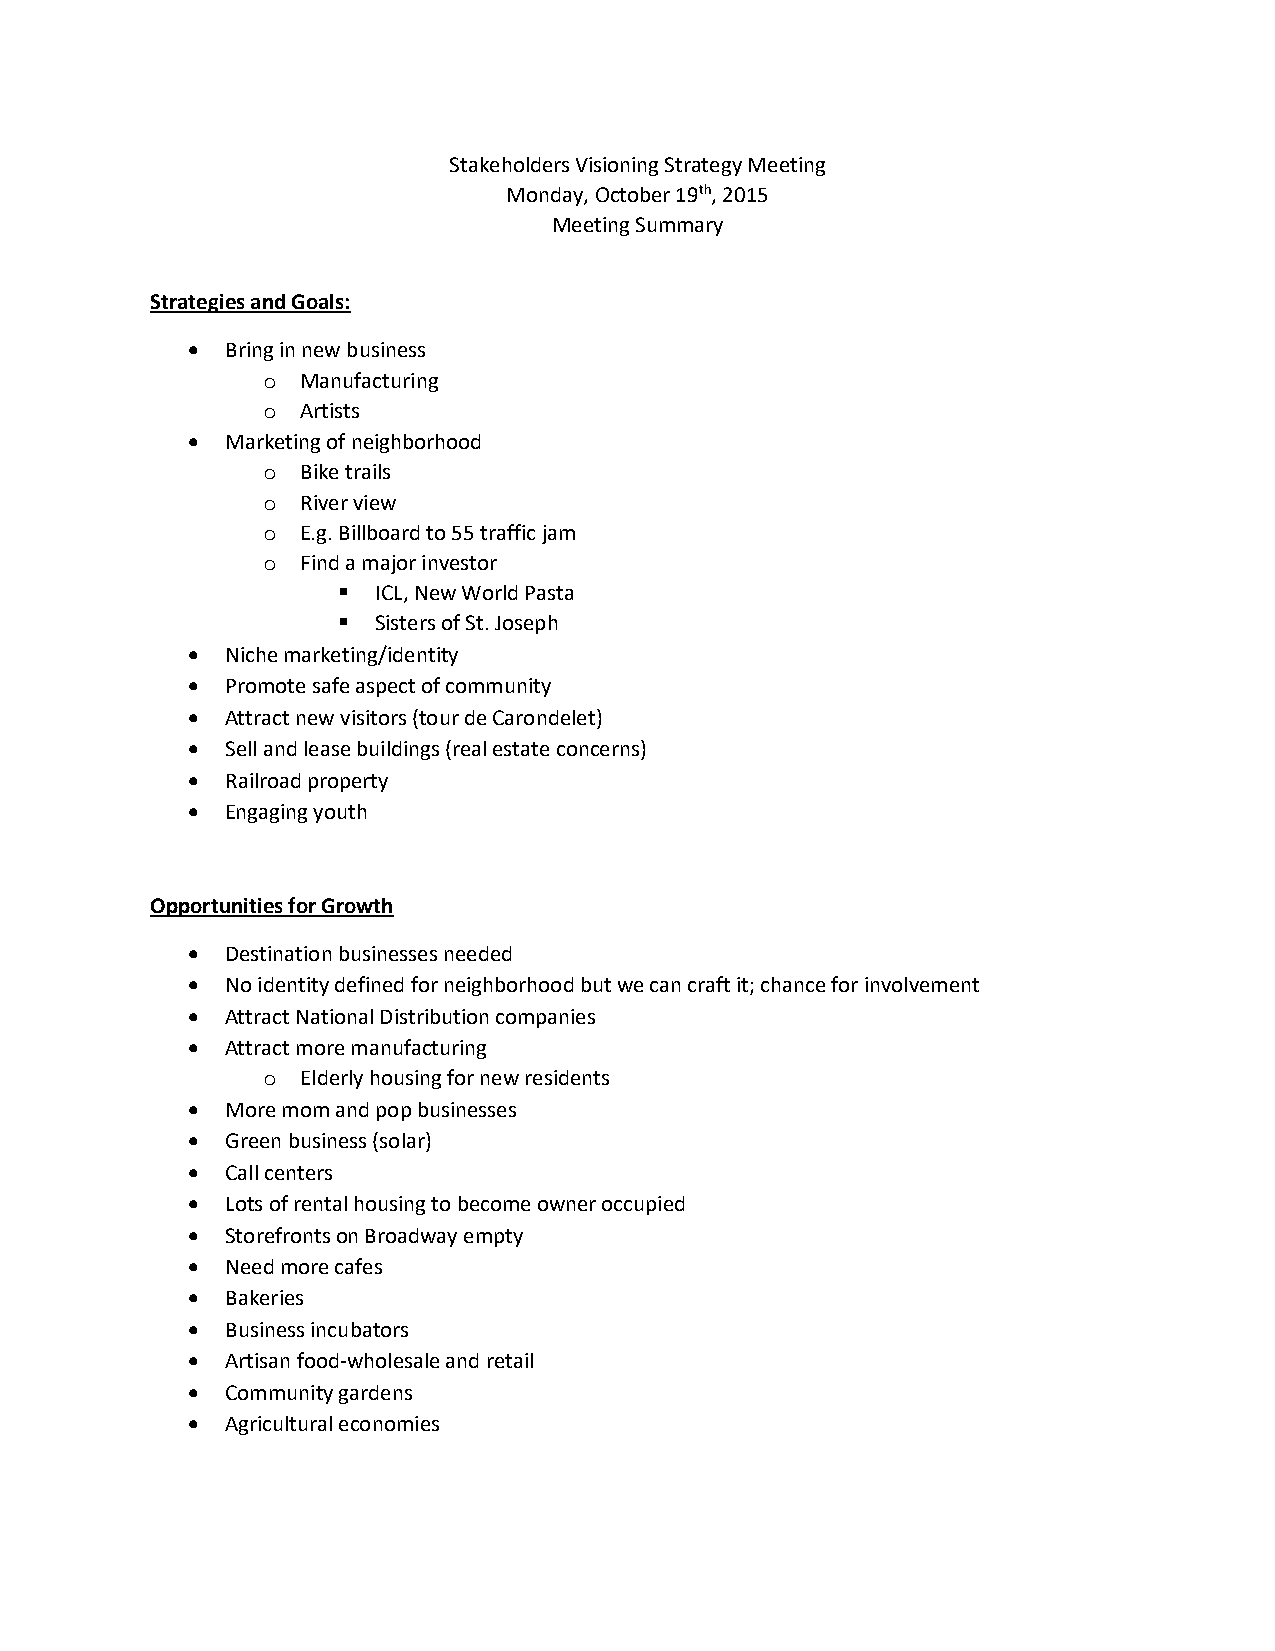
Stakeholders Visioning Strategy Meeting
 Monday, October 19th, 2015
 Meeting Summary
 Strategies and Goals:
   Bring in new business
 o  Manufacturing
 o  Artists
   Marketing of neighborhood
 o  Bike trails
 o  River view
 o  E.g. Billboard to 55 traffic jam
 o  Find a major investor
   ICL, New World Pasta
   Sisters of St. Joseph
   Niche marketing/identity
   Promote safe aspect of community
   Attract new visitors (tour de Carondelet)
   Sell and lease buildings (real estate concerns)
   Railroad property
   Engaging youth
 Opportunities for Growth
   Destination businesses needed
   No identity defined for neighborhood but we can craft it; chance for involvement
   Attract National Distribution companies
   Attract more manufacturing
 o  Elderly housing for new residents
   More mom and pop businesses
   Green business (solar)
   Call centers
   Lots of rental housing to become owner occupied
   Storefronts on Broadway empty
   Need more cafes
   Bakeries
   Business incubators
   Artisan food-wholesale and retail
   Community gardens
   Agricultural economies